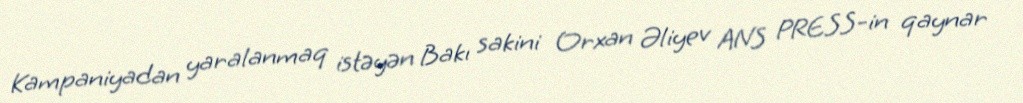
Kampaniyadan yaralanmaq istəyən Bakı sakini Orxan Əliyev ANS PRESS-in qaynar